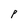
Character: P